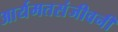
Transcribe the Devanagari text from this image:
आर्यमतसंजीवनी